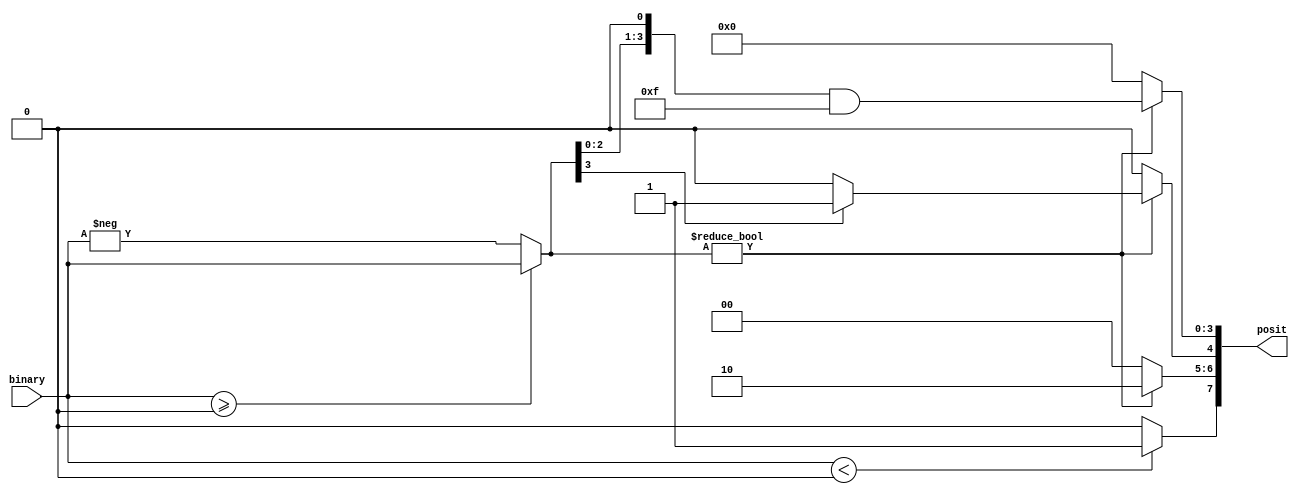
`timescale 1ns / 1ps
//////////////////////////////////////////////////////////////////////////////////
// Company: 
// Engineer: 
// 
// Design Name: 
// Module Name: binary_posit
// Project Name: 
// Target Devices: 
// Tool Versions: 
// Description: 
// 
// Dependencies: 
// 
// Revision:
// Revision 0.01 - File Created
// Additional Comments:
// 
//////////////////////////////////////////////////////////////////////////////////

// posit number has 1 Sign bit, 2 regime bit, 1 exponent bit, 4 fraction bit

module binary_posit(
  input signed [15:0] binary,
  output reg [7:0] posit
);


    reg sign;
    reg [4:0] regime;
    reg exponent;
    reg [3:0] fraction;
    reg [15:0] abs_decimal;

    // Take absolute value of decimal value
    always @* begin
        abs_decimal = (binary >= 0) ? binary : -binary;
    end
    
    reg [15:0] temp; 
    reg [4:0] regime1;
    // Calculate sign, regime, exponent, and fraction for posit representation
    always @* begin
        sign = (binary < 0) ? 1'b1 : 1'b0; // Determine the sign bit
        
        
        if (abs_decimal != 0) begin
            
            regime1 =2;
            // Calculate exponent
            exponent = (abs_decimal[(regime1 + 1)] == 1) ? 1 : 0;

            // Calculate fraction
            fraction = (abs_decimal >> (regime1 - 3)) & 4'b1111;
        end else begin
            // Zero value
            regime1 = 0;
            exponent = 0;
            fraction = 0;
        end
    end

    // Construct the 8-bit posit representation
    always @* begin
        posit[7] = sign;
        posit[6:5] = regime1;
        posit[4] = exponent;
        posit[3:0] = fraction;
    end

endmodule